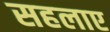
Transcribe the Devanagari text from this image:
सहलाए